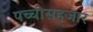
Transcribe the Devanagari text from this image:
पच्चीसहजार